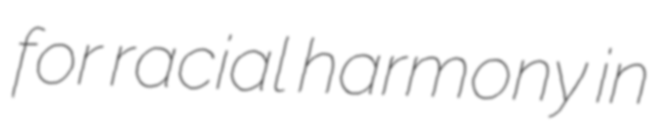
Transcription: for racial harmony in